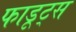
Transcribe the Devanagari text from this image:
फाडूट्स